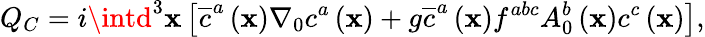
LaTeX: Q_{C}=i\intd^{3}\mathbf{x}\left[\overline{{{{c}}}}^{a}\left(\mathbf{x}\right)\nabla_{0}c^{a}\left(\mathbf{x}\right)+g\overline{{{{c}}}}^{a}\left(\mathbf{x}\right)f^{abc}A_{0}^{b}\left(\mathbf{x}\right)c^{c}\left(\mathbf{x}\right)\right],